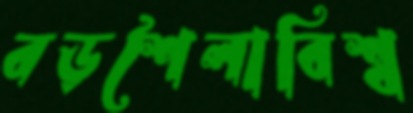
বড়শৈলাবিশ্ব